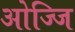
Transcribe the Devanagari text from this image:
ओज्जि